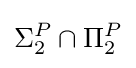
\Sigma _{2}^{P}\cap \Pi _{2}^{P}